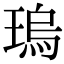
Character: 瑦